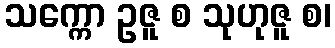
သက္ကော ဥဇူ စ သုဟုဇူ စ၊